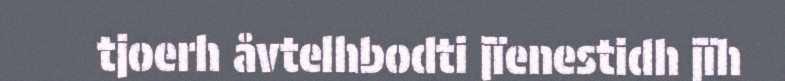
tjoerh åvtelhbodti jïenestidh jïh